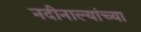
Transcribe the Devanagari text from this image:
नदीनाल्यांच्या